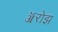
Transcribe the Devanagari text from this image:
ॲरोझ